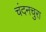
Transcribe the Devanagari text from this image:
चंदनचुरा